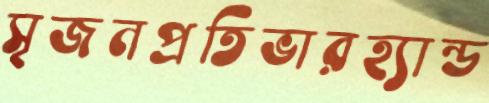
সৃজনপ্রতিভারহ্যান্ড